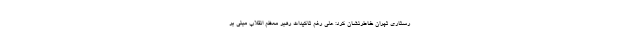
رستاری تهران خاطرنشان کرد: علی رغم تاکیدات رهبر معظم انقلاب مبنی بر